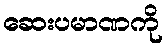
ဆေးပမာဏကို